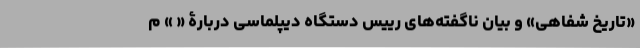
«تاریخ شفاهی» و بیان ناگفته‌های رییس دستگاه دیپلماسی دربارۀ « » م